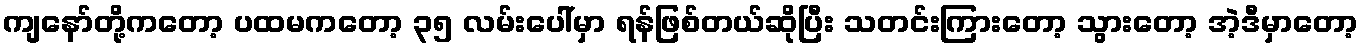
ကျနော်တို့ကတော့ ပထမကတော့ ၃၅ လမ်းပေါ်မှာ ရန်ဖြစ်တယ်ဆိုပြီး သတင်းကြားတော့ သွားတော့ အဲ့ဒီမှာတော့